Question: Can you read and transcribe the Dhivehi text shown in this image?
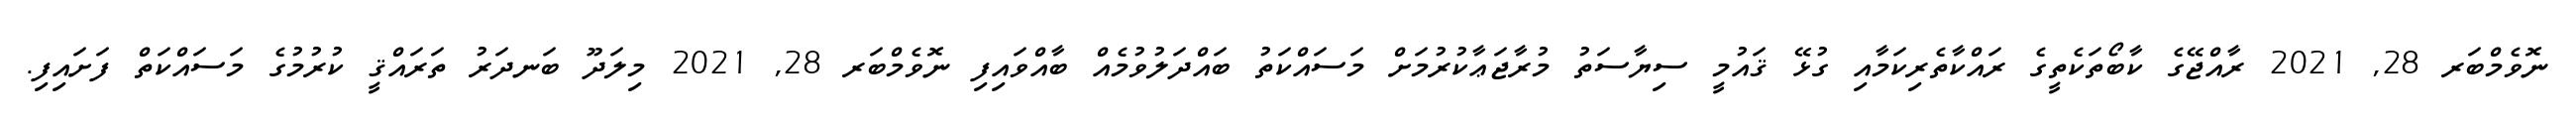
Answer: ނޮވެމްބަރ 28, 2021 ރާއްޖޭގެ ކާބޯތަކެތީގެ ރައްކާތެރިކަމާއި ގުޅޭ ޤައުމީ ސިޔާސަތު މުރާޖަޢާކުރުމަށް މަސައްކަތު ބައްދަލުވުމެއް ބާއްވައިފި ނޮވެމްބަރ 28, 2021 މިލަދޫ ބަނދަރު ތަރައްޤީ ކުރުމުގެ މަސައްކަތް ފަށައިފި.